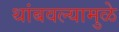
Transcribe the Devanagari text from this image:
थांबवल्यामुळे